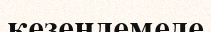
кезеңдемеде